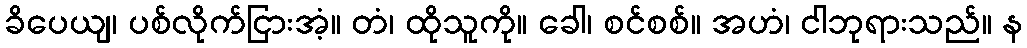
ခိပေယျ၊ ပစ်လိုက်ငြားအံ့။ တံ၊ ထိုသူကို။ ခေါ၊ စင်စစ်။ အဟံ၊ ငါဘုရားသည်။ န